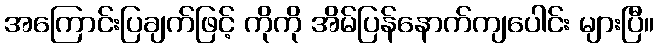
အကြောင်းပြချက်ဖြင့် ကိုကို အိမ်ပြန်နောက်ကျပေါင်း များပြီ။